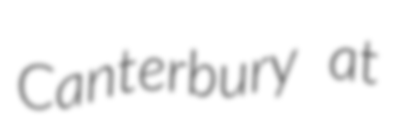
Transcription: Canterbury at